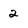
Character: 2